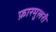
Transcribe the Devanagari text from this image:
फ़ारमुलरी